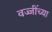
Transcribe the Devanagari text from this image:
वज्जींच्या